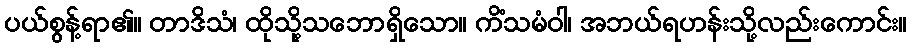
ပယ်စွန့်ရာ၏။ တာဒိသံ၊ ထိုသို့သဘောရှိသော။ ကိံသမံဝါ၊ အဘယ်ရဟန်းသို့လည်းကောင်း။